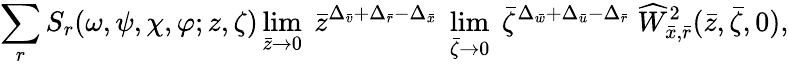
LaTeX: \sum_{r}S_{r}(\omega,\psi,\chi,\varphi;z,\zeta)\operatorname*{lim}_{\bar{z}\rightarrow 0}\; \bar{z}^{\Delta_{\bar{v}}+\Delta_{\bar{r}}-\Delta_{\bar{x}}}\; \operatorname*{lim}_{\bar{\zeta}\rightarrow 0}\; \bar{\zeta}^{\Delta_{\bar{w}}+\Delta_{\bar{u}}-\Delta_{\bar{r}}}\; \widehat{W}_{\bar{x},\bar{r}}^{2}(\bar{z},\bar{\zeta},0),